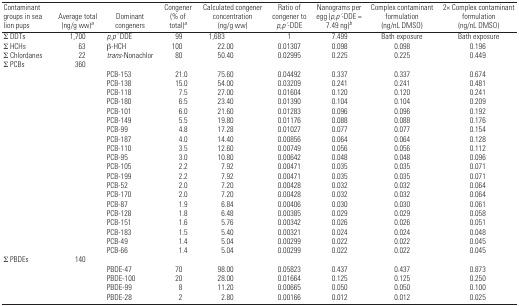
<table><thead><tr><td><b>Contaminant groups in sea lion pups</b></td><td><b>Average total (ng/g ww)a</b></td><td><b>Dominant congeners</b></td><td><b>Congener (% of total)a</b></td><td><b>Calculated congener concentration (ng/g ww)</b></td><td><b>Ratio of congener to <i>p,p′</i>-DDE</b></td><td><b>Nanograms per egg (<i>p,p′</i>-DDE = 7.49 ng)b</b></td><td><b>Complex contaminant formulation (ng/nL DMSO)</b></td><td><b>2× Complex contaminant formulation (ng/nL DMSO)</b></td></tr></thead><tbody><tr><td>∑ DDTs</td><td>1,700</td><td><i>p,p′</i> DDE</td><td>99</td><td>1,683</td><td>1</td><td>7.499</td><td>Bath exposure</td><td>Bath exposure</td></tr><tr><td>∑ HCHs</td><td>63</td><td>β-HCH</td><td>100</td><td>22.00</td><td>0.01307</td><td>0.098</td><td>0.098</td><td>0.196</td></tr><tr><td>∑ Chlordanes</td><td>22</td><td><i>trans</i>-Nonachlor</td><td>80</td><td>50.40</td><td>0.02995</td><td>0.225</td><td>0.225</td><td>0.449</td></tr><tr><td>∑ PCBs</td><td>360</td><td></td><td></td><td></td><td></td><td></td><td></td><td></td></tr><tr><td></td><td></td><td>PCB-153</td><td>21.0</td><td>75.60</td><td>0.04492</td><td>0.337</td><td>0.337</td><td>0.674</td></tr><tr><td></td><td></td><td>PCB-138</td><td>15.0</td><td>54.00</td><td>0.03209</td><td>0.241</td><td>0.241</td><td>0.481</td></tr><tr><td></td><td></td><td>PCB-118</td><td>7.5</td><td>27.00</td><td>0.01604</td><td>0.120</td><td>0.120</td><td>0.241</td></tr><tr><td></td><td></td><td>PCB-180</td><td>6.5</td><td>23.40</td><td>0.01390</td><td>0.104</td><td>0.104</td><td>0.209</td></tr><tr><td></td><td></td><td>PCB-101</td><td>6.0</td><td>21.60</td><td>0.01283</td><td>0.096</td><td>0.096</td><td>0.192</td></tr><tr><td></td><td></td><td>PCB-149</td><td>5.5</td><td>19.80</td><td>0.01176</td><td>0.088</td><td>0.088</td><td>0.176</td></tr><tr><td></td><td></td><td>PCB-99</td><td>4.8</td><td>17.28</td><td>0.01027</td><td>0.077</td><td>0.077</td><td>0.154</td></tr><tr><td></td><td></td><td>PCB-187</td><td>4.0</td><td>14.40</td><td>0.00856</td><td>0.064</td><td>0.064</td><td>0.128</td></tr><tr><td></td><td></td><td>PCB-110</td><td>3.5</td><td>12.60</td><td>0.00749</td><td>0.056</td><td>0.056</td><td>0.112</td></tr><tr><td></td><td></td><td>PCB-95</td><td>3.0</td><td>10.80</td><td>0.00642</td><td>0.048</td><td>0.048</td><td>0.096</td></tr><tr><td></td><td></td><td>PCB-105</td><td>2.2</td><td>7.92</td><td>0.00471</td><td>0.035</td><td>0.035</td><td>0.071</td></tr><tr><td></td><td></td><td>PCB-199</td><td>2.2</td><td>7.92</td><td>0.00471</td><td>0.035</td><td>0.035</td><td>0.071</td></tr><tr><td></td><td></td><td>PCB-52</td><td>2.0</td><td>7.20</td><td>0.00428</td><td>0.032</td><td>0.032</td><td>0.064</td></tr><tr><td></td><td></td><td>PCB-170</td><td>2.0</td><td>7.20</td><td>0.00428</td><td>0.032</td><td>0.032</td><td>0.064</td></tr><tr><td></td><td></td><td>PCB-87</td><td>1.9</td><td>6.84</td><td>0.00406</td><td>0.030</td><td>0.030</td><td>0.061</td></tr><tr><td></td><td></td><td>PCB-128</td><td>1.8</td><td>6.48</td><td>0.00385</td><td>0.029</td><td>0.029</td><td>0.058</td></tr><tr><td></td><td></td><td>PCB-151</td><td>1.6</td><td>5.76</td><td>0.00342</td><td>0.026</td><td>0.026</td><td>0.051</td></tr><tr><td></td><td></td><td>PCB-183</td><td>1.5</td><td>5.40</td><td>0.00321</td><td>0.024</td><td>0.024</td><td>0.048</td></tr><tr><td></td><td></td><td>PCB-49</td><td>1.4</td><td>5.04</td><td>0.00299</td><td>0.022</td><td>0.022</td><td>0.045</td></tr><tr><td></td><td></td><td>PCB-66</td><td>1.4</td><td>5.04</td><td>0.00299</td><td>0.022</td><td>0.022</td><td>0.045</td></tr><tr><td>∑ PBDEs</td><td>140</td><td></td><td></td><td></td><td></td><td></td><td></td><td></td></tr><tr><td></td><td></td><td>PBDE-47</td><td>70</td><td>98.00</td><td>0.05823</td><td>0.437</td><td>0.437</td><td>0.873</td></tr><tr><td></td><td></td><td>PBDE-100</td><td>20</td><td>28.00</td><td>0.01664</td><td>0.125</td><td>0.125</td><td>0.250</td></tr><tr><td></td><td></td><td>PBDE-99</td><td>8</td><td>11.20</td><td>0.00665</td><td>0.050</td><td>0.050</td><td>0.100</td></tr><tr><td></td><td></td><td>PBDE-28</td><td>2</td><td>2.80</td><td>0.00166</td><td>0.012</td><td>0.012</td><td>0.025</td></tr></tbody></table>